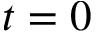
t = 0